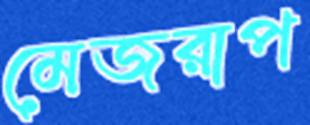
মেজরাপ